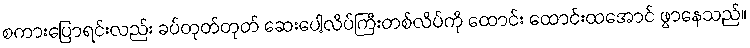
စကားပြောရင်းလည်း ခပ်တုတ်တုတ် ဆေးပေါ့လိပ်ကြီးတစ်လိပ်ကို ထောင်း ထောင်းထအောင် ဖွာနေသည်။